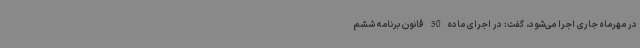
در مهرماه جاری اجرا می‌شود، گفت: در اجرای ماده 30 قانون برنامه ششم